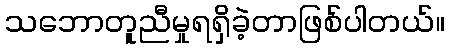
သဘောတူညီမှုရရှိခဲ့တာဖြစ်ပါတယ်။